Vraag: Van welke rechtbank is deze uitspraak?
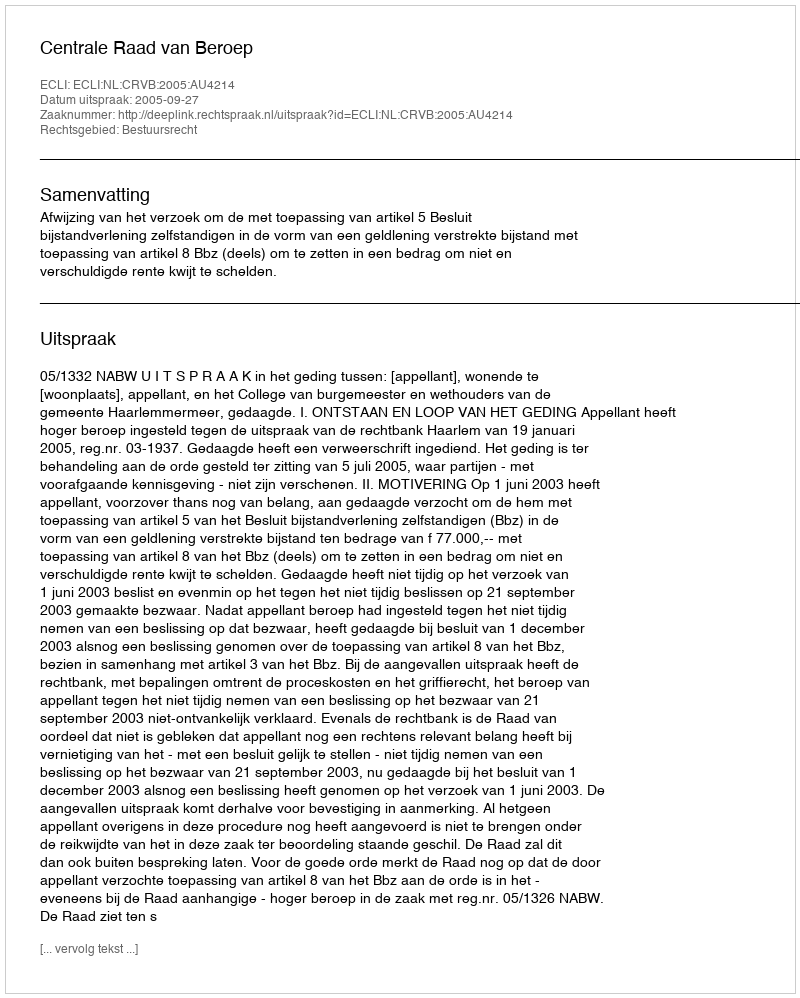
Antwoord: Centrale Raad van Beroep